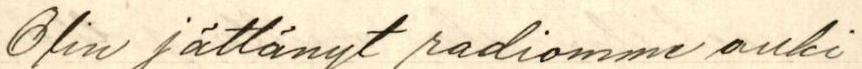
Olin jättänyt radiomme auki